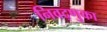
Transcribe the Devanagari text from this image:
निवद्णुका